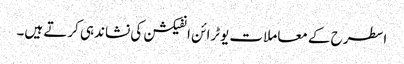
اسطرح کے معاملات یوٹرائن انفیکشن کی نشاندہی کرتے ہیں۔